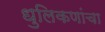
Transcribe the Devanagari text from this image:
धुलिकणांचा